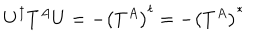
LaTeX: U ^ { \dagger } T ^ { A } U = - \left( T ^ { A } \right) ^ { t } = - \left( T ^ { A } \right) ^ { * }